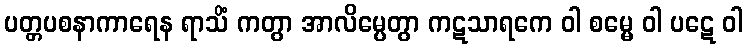
ပတ္တပစနာကာရေန ရာသိံ ကတွာ အာလိမ္ပေတွာ ကဋသာရကေ ဝါ စမ္မေ ဝါ ပဋေ ဝါ